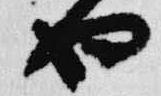
也